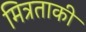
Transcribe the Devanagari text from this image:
मित्रताकी